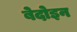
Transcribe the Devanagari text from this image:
बेदोइन